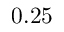
0 . 2 5